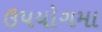
ઉપયોગમા